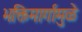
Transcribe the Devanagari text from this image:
भक्तिमार्गामुळे